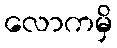
လောကမှိ